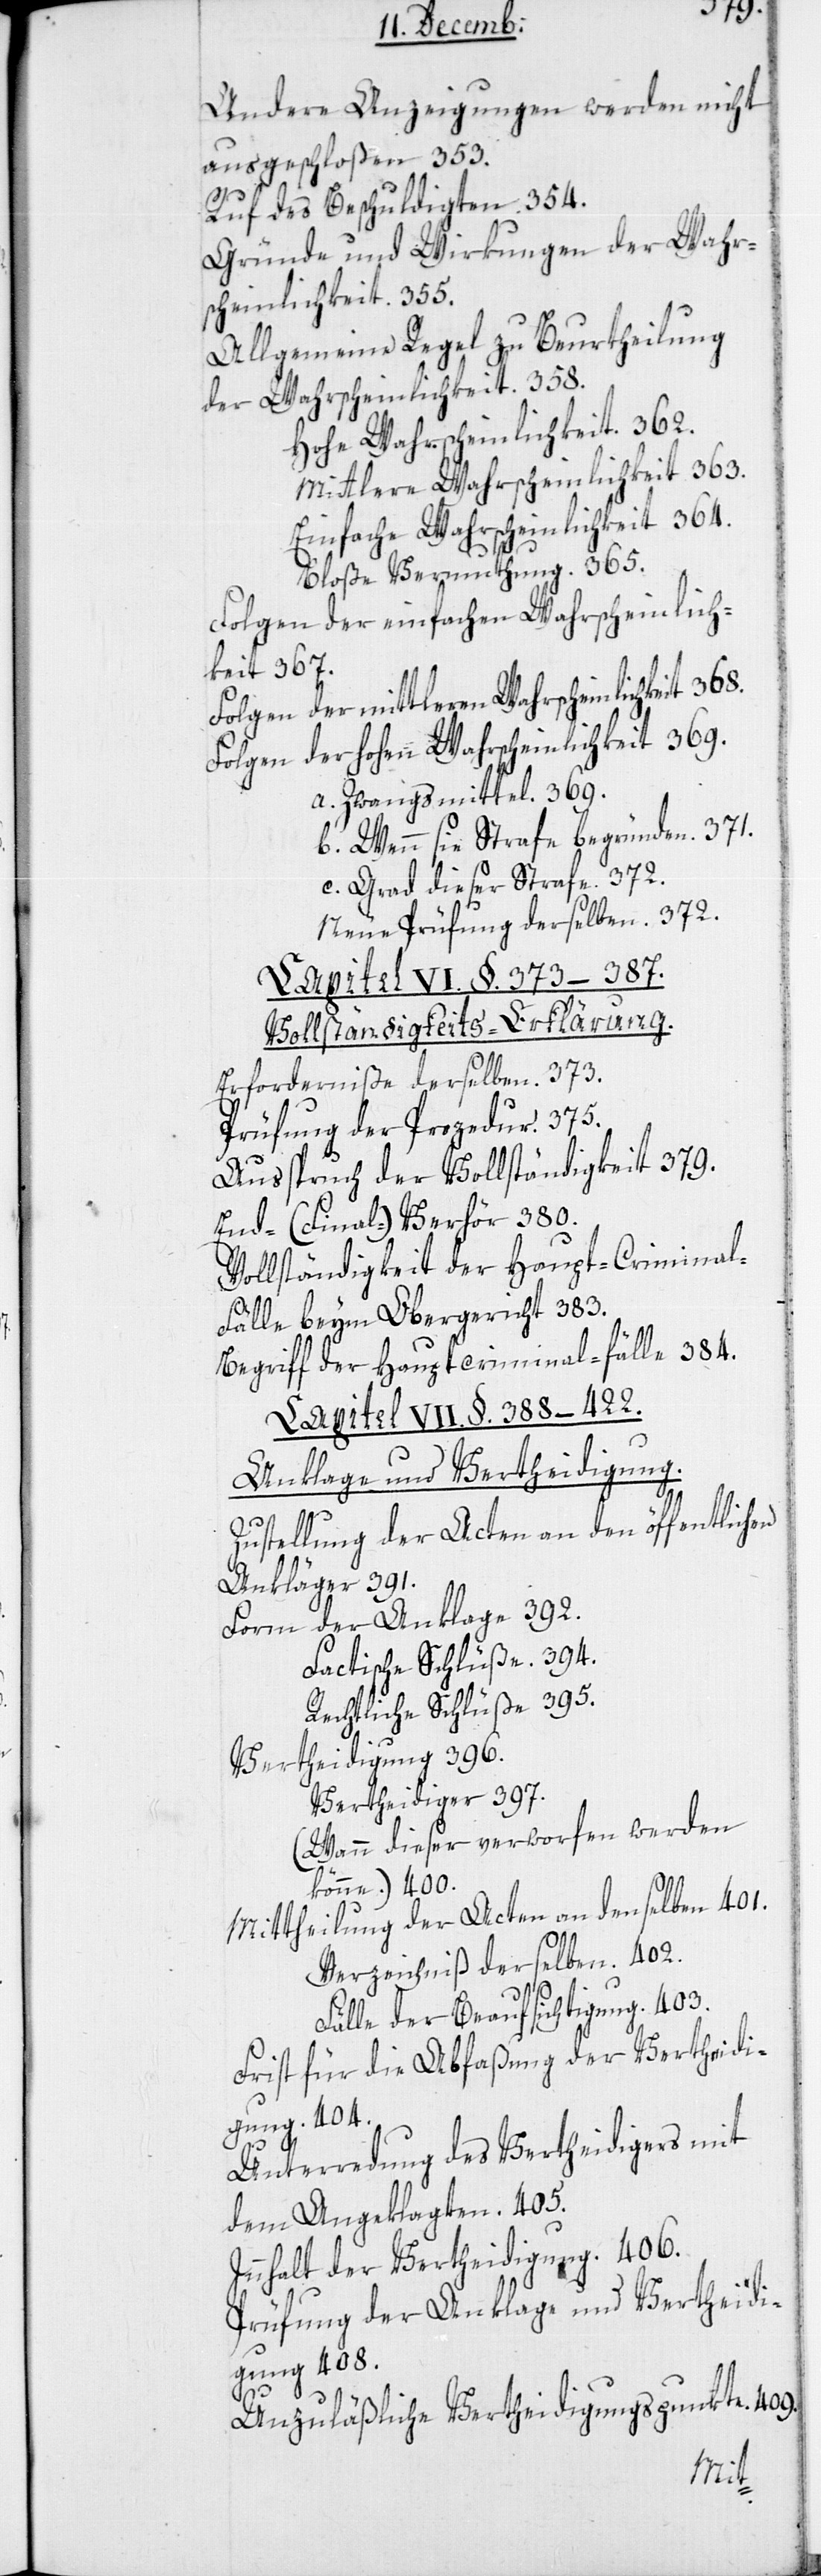
368.
Andere Anzeigungen werden nicht
ausgeschloßen. 353.
Ruf des Beschuldigten. 354.
Gründe und Wirkungen der Wahr¬
scheinlichkeit. 355.
Allgemeine Regel zu Beurtheilung
der Wahrscheinlichkeit. 358.
Hohe Wahrscheinlichkeit. 362.
Mittlere Wahrscheinlichkeit. 363.
Einfache Wahrscheinlichkeit. 364.
Bloße Vermuthung. 365.
Folgen der einfachen Wahrscheinlich¬
keit. 367.
Folgen der mittleren Wahrscheinlichkeit.
Folgen der hohen Wahrscheinlichkeit. 369.
a. Zwangsmittel. 369.
b. Wenn sie Strafe begründen. 371.
c. Grad dieser Strafe. 372.
Neue Prüfung derselben. 372.
Capitel VI. §. 372–387.
Vollständigkeits-Erklärung.
Erforderniße derselben. 373.
Prüfung der Prozedur. 375.
Ausspruch der Vollständigkeit. 379.
End- (Final-) Verhör 380.
Vollständigkeit der Haupt-Crimina¬
l-Fälle beym Obergericht. 383.
Begriff der Hauptcriminal-Fälle. 384.
Capitel VII. §. 388–422.
Anklage und Vertheidigung.
Zustellung der Acten an den öffentlichen
Ankläger. 391.
Form der Anklage 392.
Factische Schlüße. 394.
Rechtliche Schlüße. 395.
theidigung. 396.
Ver¬
Vertheidiger 397.
(Wann dieser verworfen werden
könne.) 400.
Mittheilung der Acten an denselben. 401.
Verzeichniß derselben. 402.
Fälle der Beaufsichtigung. 403.
Frist für die Abfaßung der Vertheidi¬
gung. 408.
Unterredung des Vertheidigers mit
dem Angeklagten. 405.
Innhalt der Vertheidigung. 406.
Prüfung der Anklage und Vertheidi¬
Unzuläßige Vertheidigungspunkte. 406.